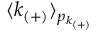
\langle k _ { ( + ) } \rangle _ { p _ { k _ { ( + ) } } }